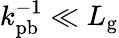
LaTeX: k_{\mathrm{pb}}^{-1}\ll L_{\mathrm{g}}